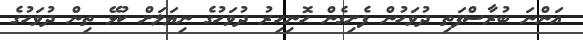
އަންނަ ބުރާސްފަތި ދުވަހުން ފެށިގެން ހޮނިހިރު ދުވަހުގެ ނިޔަލަށް ކުޅޭ ތިން ދުވަހުގެ